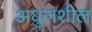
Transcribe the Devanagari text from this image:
अघुलशील